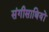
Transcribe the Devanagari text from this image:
संगीसाथियों